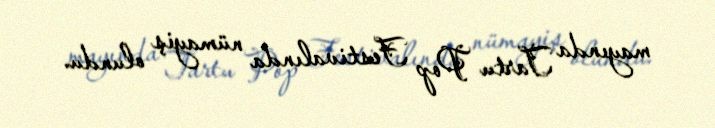
mayında Tartu Pop Festivalında nümayiş olundu.